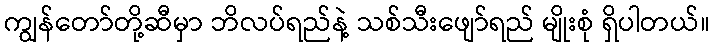
ကျွန်တော်တို့ဆီမှာ ဘိလပ်ရည်နဲ့ သစ်သီးဖျော်ရည် မျိုးစုံ ရှိပါတယ်။